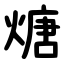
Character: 煻